Civil Veterinary Department Bihar reports 1936-40 - 1936-1940
Year: 1936
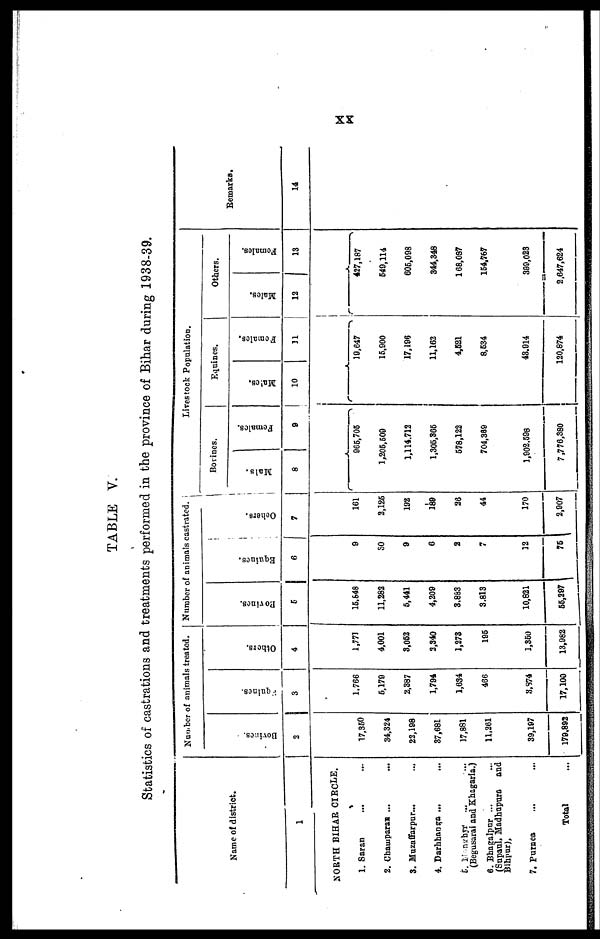
XX
TABLE V.
Statistics of castrations and treatments performed in the province of Bihar during 1938-39.
Name of district.
1
NORTH BIHAR CIRCLE.
1. Saran ... ...
2. Champaran ... ...
3. Muzaffarpur... ...
4. Darhhanga ... ...
5. Monghyr ... ...
(Begusarai and Khagaria.)
6. Bhagalpur ... ...
(Supaul, Madhupura
and
Bihpur),
7. Purnea ... ...
Total ...
Number of animals treated.
Bovines.
2
17,350
34,324
22,198
37,681
17,881
11,261
39,197
179,892
Equines.
3
1,766
5,179
2,387
1,794
1,634
466
3,874
17,100
Ot her s .
4
1,771
4,001
3,052
2,340
1,273
195
1,350
13,982
Number of animals castrated.
Bovi nes .
5
15,648
11,282
5,441
4,209
3,883
3,813
10,821
55,297
Equines.
6
9
30
9
6
2
7
12
75
Others.
7
161
2,126
192
189
26
44
170
2,907
Livestock Population.
Bovines.
Mal s
8
Females
9
965,705
1,205,509
1,114.712
1,305,365
578,122
704,369
1,902.598
7,776,380
Equines.
Males.
10
Femal es .
11
19,647
15,900
17,196
11,162
4,521
8,534
43,914
120,874
Others.
Mal es .
12
Females.
13
427,187
549,114
605,098
344,348
168,087
154,767
399,023
2,647,624
Remarks.
14